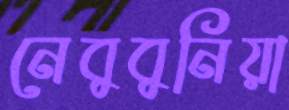
নেবুবুনিয়া